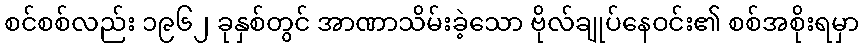
စင်စစ်လည်း ၁၉၆၂ ခုနှစ်တွင် အာဏာသိမ်းခဲ့သော ဗိုလ်ချုပ်နေဝင်း၏ စစ်အစိုးရမှာ